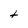
Character: t